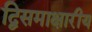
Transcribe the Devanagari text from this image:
द्विसमाक्षारीय